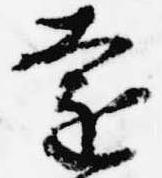
遠